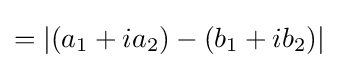
=|(a_{1}+ia_{2})-(b_{1}+ib_{2})|